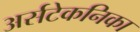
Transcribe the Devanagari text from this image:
अर्सटेकनिका